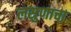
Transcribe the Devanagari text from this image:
लसुणाचा